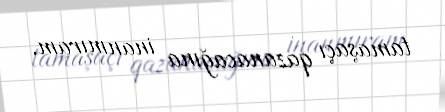
tamaşaçı qazanacağına inanmıram.